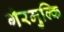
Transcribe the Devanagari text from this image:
गैरमुल्कि